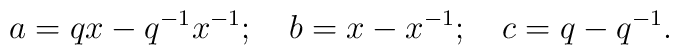
a=qx-q^{-1}x^{-1}; \ \ \ b=x-x^{-1}; \ \ \ c=q-q^{-1}.